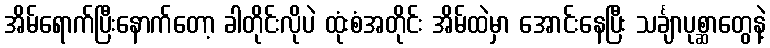
အိမ်ရောက်ပြီးနောက်တော့ ခါတိုင်းလိုပဲ ထုံးစံအတိုင်း အိမ်ထဲမှာ အောင်းနေပြီး သင်္ချာပုစ္ဆာတွေနဲ့